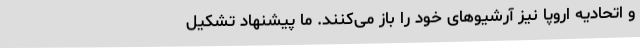
و اتحادیه اروپا نیز آرشیوهای خود را باز می‌کنند. ما پیشنهاد تشکیل